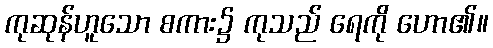
ကုဆုန်ဟူသော စကား၌ ကုသည် ရေကို ဟော၏။